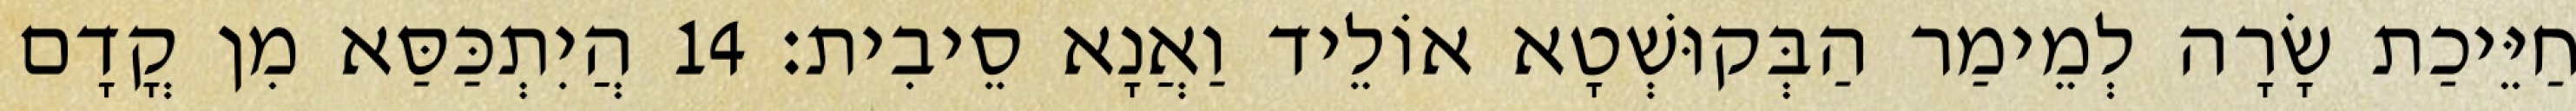
חַיֵּיכַת שָׂרָה לְמֵימַר הַבְּקוּשְׁטָא אוֹלֵיד וַאֲנָא סֵיבִית׃ 14 הֲיִתְכַּסַּא מִן קֳדָם